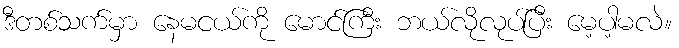
ဒီတစ်သက်မှာ နေမငယ်ကို မောင်ကြီး ဘယ်လိုလုပ်ပြီး မေ့ပါ့မလဲ။